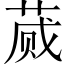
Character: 蒇